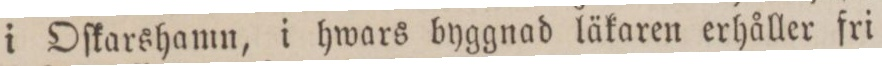
i Oſkarshamn, i hwars byggnad läkaren erhåller fri